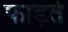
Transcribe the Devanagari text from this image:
फाड़ते